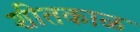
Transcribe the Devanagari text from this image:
शीतकाळ